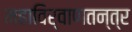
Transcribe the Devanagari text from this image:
महाविर्वाणतन्त्र